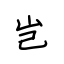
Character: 岂